画像に写った文字を読んでください
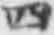
「四」と書いてあります